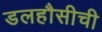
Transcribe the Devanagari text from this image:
डलहौसीची